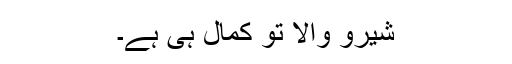
شیرو والا تو کمال ہی ہے۔